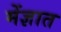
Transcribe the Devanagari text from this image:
मेंज्ञात